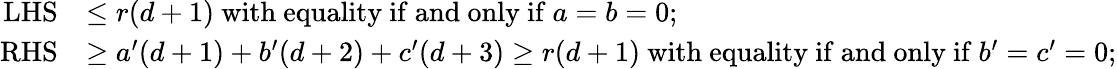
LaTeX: \begin{array}{rl}{\mathrm{LHS}}&{\leq r(d+1)\mathrm{~with~equality~if~and~only~if~}a=b=0;}\\ {\mathrm{RHS}}&{\geq a^{\prime}(d+1)+b^{\prime}(d+2)+c^{\prime}(d+3)\geq r(d+1)\mathrm{~with~equality~if~and~only~if~}b^{\prime}=c^{\prime}=0;}\end{array}